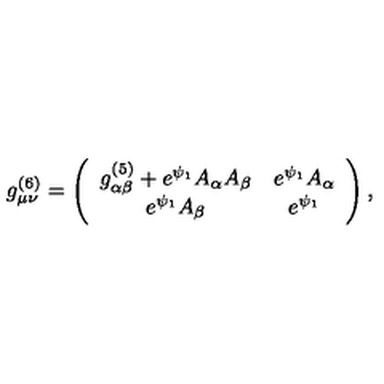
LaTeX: g _ { \mu \nu } ^ { ( 6 ) } = \left( \begin{array} { c c } { g _ { \alpha \beta } ^ { ( 5 ) } + e ^ { \psi _ { 1 } } A _ { \alpha } A _ { \beta } } & { e ^ { \psi _ { 1 } } A _ { \alpha } } \\ { e ^ { \psi _ { 1 } } A _ { \beta } } & { e ^ { \psi _ { 1 } } } \\ \end{array} \right) ,